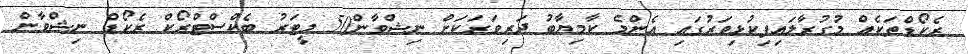
ރެކޯޑްތަކެއް މުގުރާލައިފިކުޅިވަރުގައި އެންމެ ކާމިޔާބު ދަރިވަރަކަށް ނިޝްވާން50 މީޓަރު ބެކްސްޓްރޯކް ރެކޯޑް ނިޝްވާން